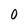
Character: 0